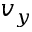
v _ { y }